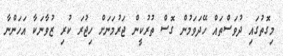
މިގޮތުގައި ދުވަސްތައް ހޭދަވަމުން ގޮސް ތުރުކީން ޖަރުމަނަށް ހިޖުރަ ކުރި ޒުވާނަކާ އަހަންނާ